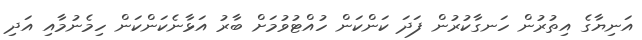
އަނިޔާގެ އިތުރުން ހަނގާކުރުން ފަދަ ކަންކަން ހުއްޓުވުމަށް ބާރު އަޅާނެކަންކަން ހިމެނުމާއި އަދި